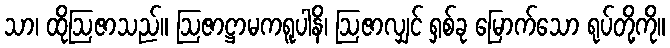
သာ၊ ထိုဩဇာသည်။ ဩဇာဋ္ဌာမကရူပါနိ၊ ဩဇာလျှင် ရှစ်ခု မြောက်သော ရုပ်တို့ကို။